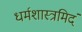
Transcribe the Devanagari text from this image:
धर्मशास्त्रमिदं